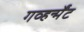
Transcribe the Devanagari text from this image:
गव्हर्न्मेंट